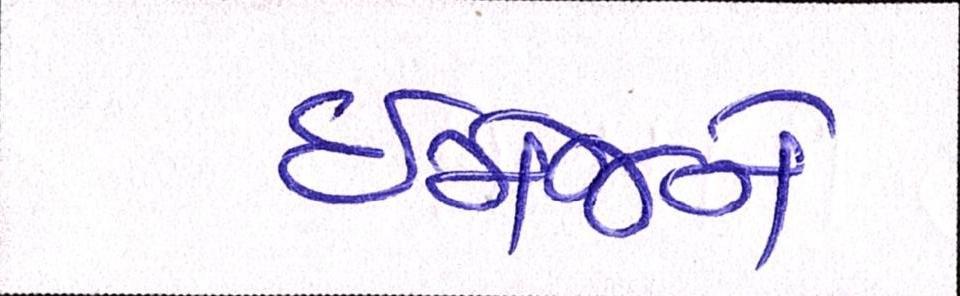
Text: ઈમેજને